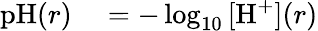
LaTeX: \begin{array}{rl}{\textrm{pH}(r)}&{{}=-\log_{10}{[\textrm{H}^{+}](r)}}\end{array}